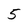
Character: 5